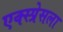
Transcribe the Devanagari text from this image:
एक्स्प्रेसला